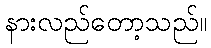
နားလည်တော့သည်။